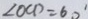
\angle O C D = 6 0 ^ { \prime }